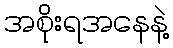
အစိုးရအနေနဲ့